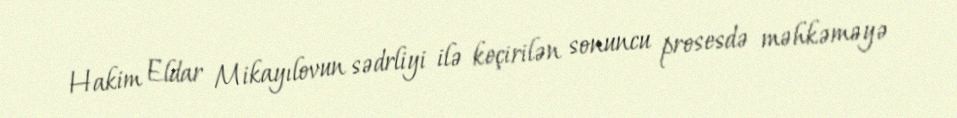
Hakim Eldar Mikayılovun sədrliyi ilə keçirilən sonuncu prosesdə məhkəməyə